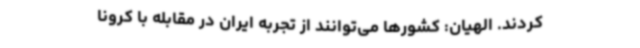
کردند. الهیان: کشورها می‌توانند از تجربه ایران در مقابله با کرونا